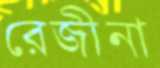
রেজীনা